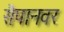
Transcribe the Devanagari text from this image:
सैपानवर